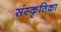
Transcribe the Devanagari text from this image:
संस्कृतिका